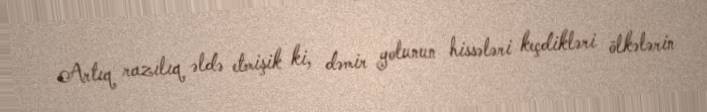
Artıq razılıq əldə etmişik ki, dəmir yolunun hissələri keçdikləri ölkələrin